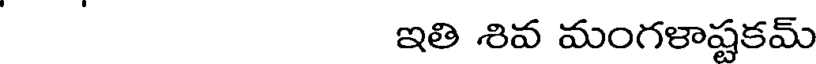
ఇతి శివ మంగళాష్టకమ్